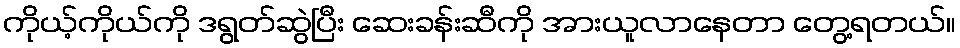
ကိုယ့်ကိုယ်ကို ဒရွတ်ဆွဲပြီး ဆေးခန်းဆီကို အားယူလာနေတာ တွေ့ရတယ်။